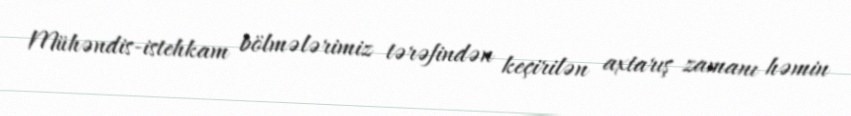
Mühəndis-istehkam bölmələrimiz tərəfindən keçirilən axtarış zamanı həmin